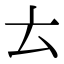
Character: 𠫓